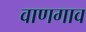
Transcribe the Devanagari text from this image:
वाणगाव